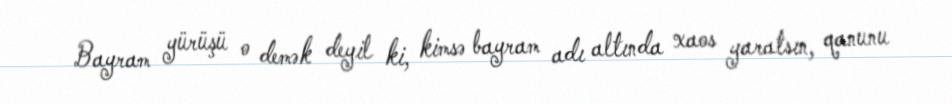
Bayram yürüşü o demək deyil ki, kimsə bayram adı altında xaos yaratsın, qanunu